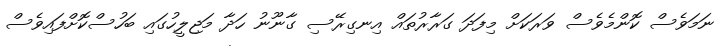
ނަމަވެސް ކޮންމެވެސް ވަރަކަށް މިފަދަ ގަރާރުތައް އިނގިރޭސި ގާނޫނު ހަދާ މަޖިލީހުގައި ބަހުސްކޮށްފައިވެސް